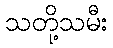
သတို့သမီး